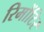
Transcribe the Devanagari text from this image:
रिमोंटिर